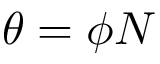
\theta = \phi N